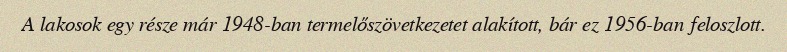
A lakosok egy része már 1948-ban termelőszövetkezetet alakított, bár ez 1956-ban feloszlott.